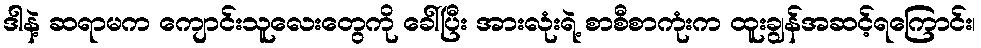
ဒါနဲ့ ဆရာမက ကျောင်းသူလေးတွေကို ခေါ်ပြီး အားလုံးရဲ့ စာစီစာကုံးက ထူးချွန်အဆင့်ရကြောင်း၊